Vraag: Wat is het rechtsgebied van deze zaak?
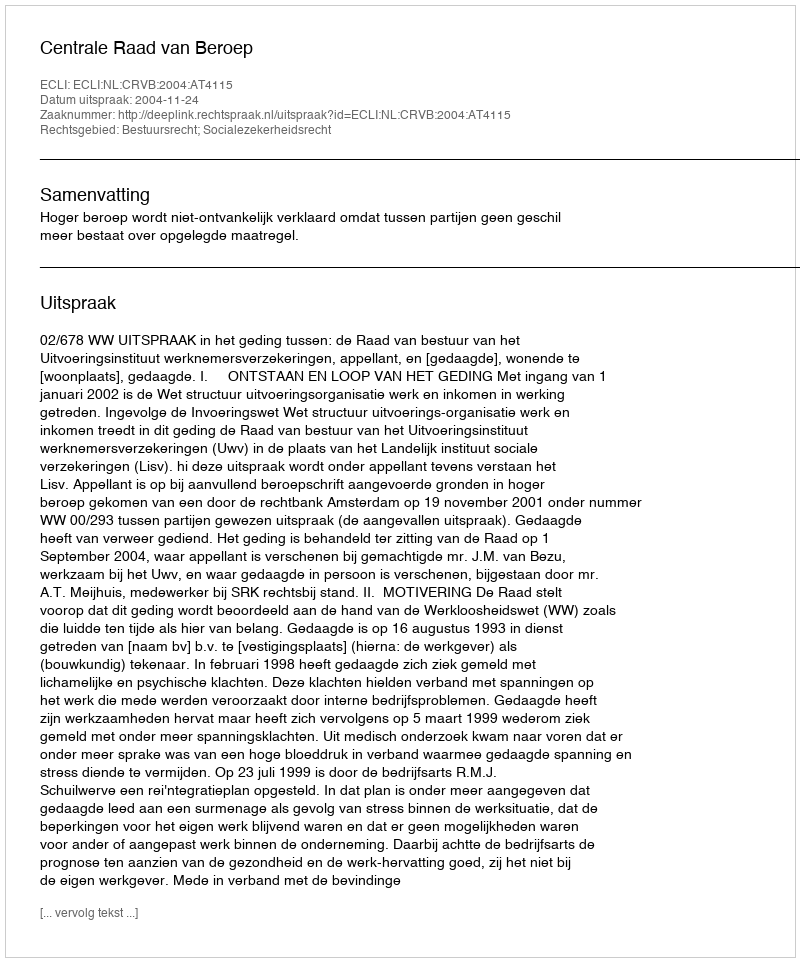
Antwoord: Bestuursrecht; Socialezekerheidsrecht